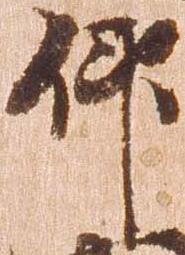
仰